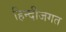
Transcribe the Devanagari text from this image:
हिन्दीजगत